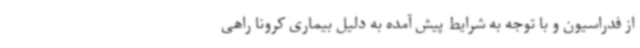
از فدراسیون و با توجه به شرایط پیش آمده به دلیل بیماری کرونا راهی